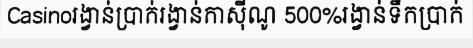
Casinoរង្វាន់ប្រាក់រង្វាន់កាស៊ីណូ 500%រង្វាន់ទឹកប្រាក់